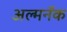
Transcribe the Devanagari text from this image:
अल्मनॅक